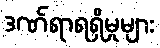
ဒဏ်ရာရရှိမှုများ